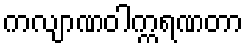
ကလျာဏဝါက္ကရဏတာ